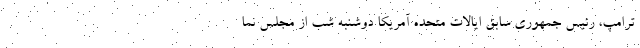
ترامپ، رئیس جمهوری سابق ایالات متحده آمریکا دوشنبه شب از مجلس نما